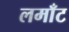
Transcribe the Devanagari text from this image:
लमाँट